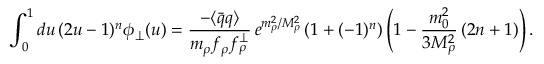
\int _ { 0 } ^ { 1 } d u \, ( 2 u - 1 ) ^ { n } \phi _ { \perp } ( u ) = \frac { - \langle \bar { q } q \rangle } { m _ { \rho } f _ { \rho } f _ { \rho } ^ { \perp } } \, e ^ { m _ { \rho } ^ { 2 } / M _ { \rho } ^ { 2 } } \left( 1 + ( - 1 ) ^ { n } \right) \left( 1 - \frac { m _ { 0 } ^ { 2 } } { 3 M _ { \rho } ^ { 2 } } \, ( 2 n + 1 ) \right) .